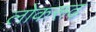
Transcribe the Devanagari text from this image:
लोकरूढ़